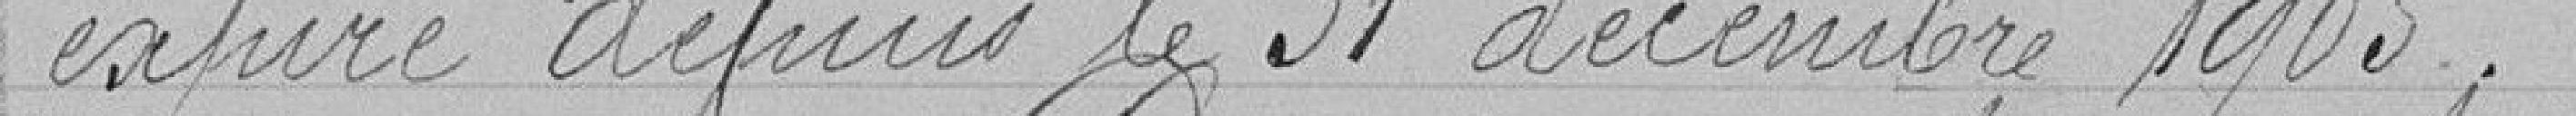
expiré depuis le 31 décembre 1905.